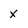
Character: X